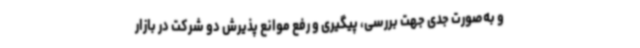
و به‌صورت جدی جهت بررسی، پیگیری و رفع موانع پذیرش دو شرکت در بازار